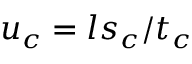
u _ { c } = l s _ { c } / t _ { c }